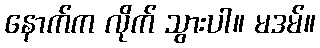
နောက်က လိုက် သွားပါ။ မဒမ်။